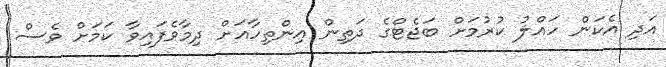
އަދި އެކަން ހައްލު ކުރުމަށް ބަޖެޓްގެ ދަތިން އިންތިހާއަށް ދިމާވެފައިވާ ކަމަށް ވެސް